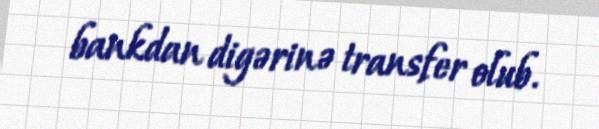
bankdan digərinə transfer olub.